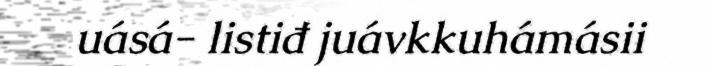
uásá- listiđ juávkkuhámásii